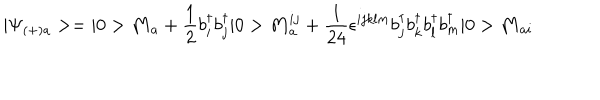
LaTeX: | \Psi _ { ( + ) a } > = | 0 > { \bf M } _ { a } + \frac { 1 } { 2 } b _ { i } ^ { \dagger } b _ { j } ^ { \dagger } | 0 > { \bf M } _ { a } ^ { i j } + \frac { 1 } { 2 4 } \epsilon ^ { i j k l m } b _ { j } ^ { \dagger } b _ { k } ^ { \dagger } b _ { l } ^ { \dagger } b _ { m } ^ { \dagger } | 0 > { \bf M } _ { a i }